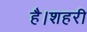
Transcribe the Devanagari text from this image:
है।शहरी